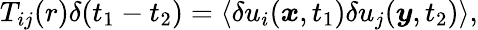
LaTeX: T_{ij}(r)\delta(t_{1}-t_{2})=\langle\delta u_{i}(\boldsymbol{x},t_{1})\delta u_{j}(\boldsymbol{y},t_{2})\rangle,